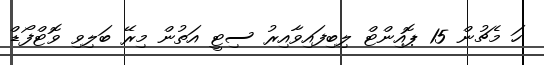
ހަ މެޗުން 15 ޕޮއިންޓް ލިބިފައިވާއިރު ސިޓީ އަތުން މިރޭ ބަލިވި ވޮޓްފޯޑް